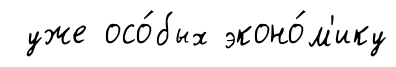
уже осо́бых эконо́м'ику